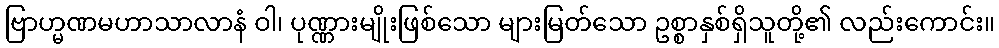
ဗြာဟ္မဏမဟာသာလာနံ ဝါ၊ ပုဏ္ဏားမျိုးဖြစ်သော များမြတ်သော ဥစ္စာနှစ်ရှိသူတို့၏ လည်းကောင်း။